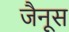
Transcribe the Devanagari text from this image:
जैनूस